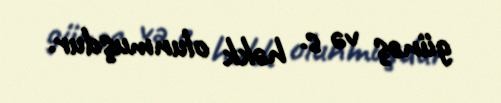
günəş və s. həkk olunmuşdur.